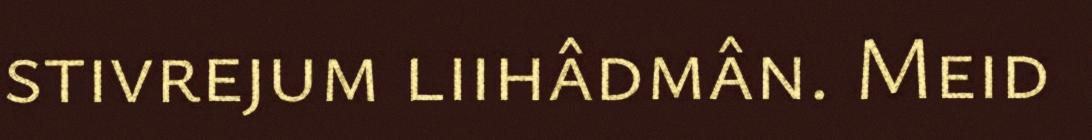
stivrejum liihâdmân. Meid